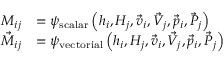
\begin{array} { r l } { M _ { i j } } & { = \psi _ { \mathrm { s c a l a r } } \left( h _ { i } , H _ { j } , \vec { v } _ { i } , \vec { V } _ { j } , \vec { p } _ { i } , \vec { P } _ { j } \right) } \\ { \vec { M } _ { i j } } & { = \psi _ { \mathrm { v e c t o r i a l } } \left( h _ { i } , H _ { j } , \vec { v } _ { i } , \vec { V } _ { j } , \vec { p } _ { i } , \vec { P } _ { j } \right) } \end{array}